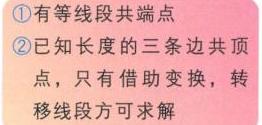
\textcircled{1}有等线段共端点
\textcircled{2}已知长度的三条边共顶点，只有借助变换，转移线段方可求解